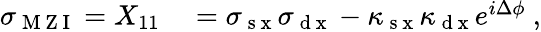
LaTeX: \begin{array}{rl}{\sigma_{\mathrm{~M~Z~I~}}=X_{11}}&{{}=\sigma_{\mathrm{~s~x~}}\sigma_{\mathrm{~d~x~}}-\kappa_{\mathrm{~s~x~}}\kappa_{\mathrm{~d~x~}}e^{i\Delta\phi}\ ,}\end{array}